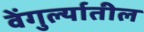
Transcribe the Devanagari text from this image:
वेंगुर्ल्यातील